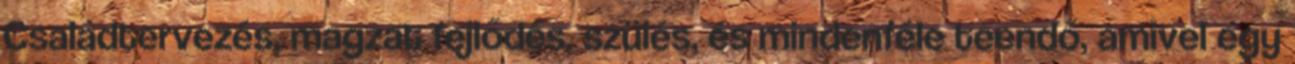
Családtervezés, magzat fejlődés, szülés, és mindenféle teendő, amivel egy